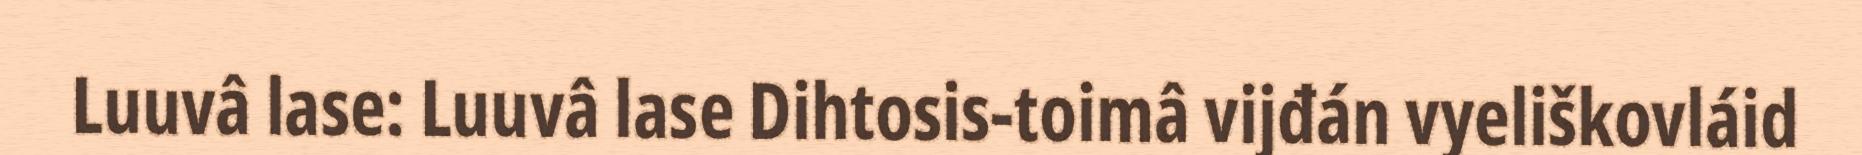
Luuvâ lase: Luuvâ lase Dihtosis-toimâ vijđán vyeliškovláid